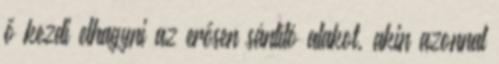
ő kezdi elhagyni az erősen sántító alakot, akin azonnal